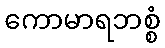
ကောမာရဘစ္စံ